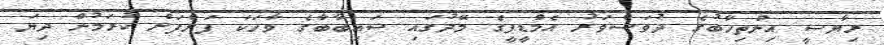
ރިޔާސީ އިންތިހާބުގެ ދުވަސްވަރު އެމްޑީޕީގެ މޭދުގައި ސައިބާބާގެ ވާހަކަ ފަށްފަށް ކުރަމުން ދިޔަ